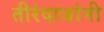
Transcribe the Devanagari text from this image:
तीरंदाजांनी